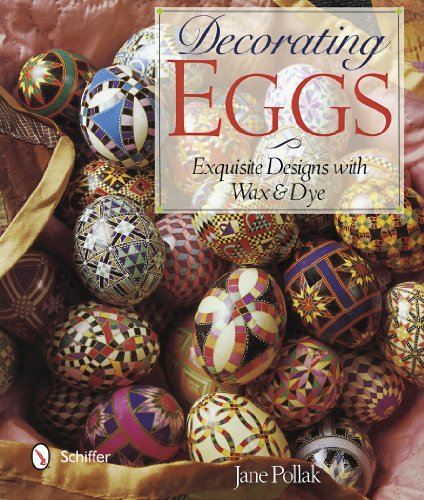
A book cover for Decorating Eggs: Exquisite Designs with Wax & Dye; Jane Pollak; Crafts, Hobbies & Home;